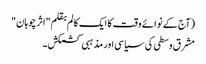
(آج کے نوائے وقت کا ایک کالم بقلم "اثرچوہان"
مشرق وسطی کی سیاسی اور مذہبی کشمکش۔